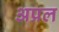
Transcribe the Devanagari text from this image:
अप्रल